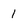
Character: 1